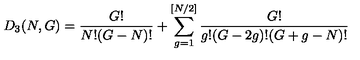
D _ { 3 } ( N , G ) = \frac { G ! } { N ! ( G - N ) ! } + \sum _ { g = 1 } ^ { [ N / 2 ] } \frac { G ! } { g ! ( G - 2 g ) ! ( G + g - N ) ! }